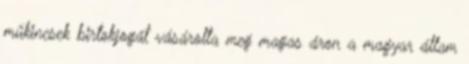
műkincsek birtokjogát vásárolta meg magas áron a magyar állam